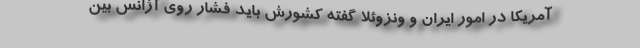
آمریکا در امور ایران و ونزوئلا گفته کشورش باید فشار روی آژانس بین